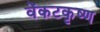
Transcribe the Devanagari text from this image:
वेंकटकृष्ण